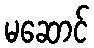
မဆောင်